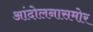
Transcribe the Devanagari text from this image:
आंदोलनासमोर